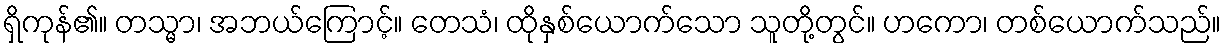
ရှိကုန်၏။ တသ္မာ၊ အဘယ်ကြောင့်။ တေသံ၊ ထိုနှစ်ယောက်သော သူတို့တွင်။ ဟကော၊ တစ်ယောက်သည်။